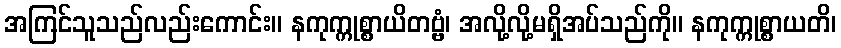
အကြင်သူသည်လည်းကောင်း။ နကုက္ကုစ္စာယိတဗ္ဗံ၊ အလို့လို့မရှိအပ်သည်ကို။ နကုက္ကုစ္စာယတိ၊